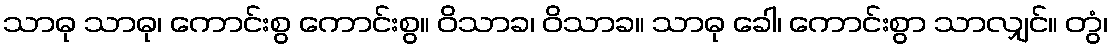
သာဓု သာဓု၊ ကောင်းစွ ကောင်းစွ။ ဝိသာခ၊ ဝိသာခ။ သာဓု ခေါ၊ ကောင်းစွာ သာလျှင်။ တွံ၊